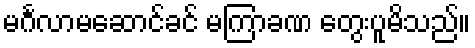
မင်္ဂလာမဆောင်ခင် မကြာခဏ တွေးပူမိသည်။